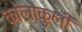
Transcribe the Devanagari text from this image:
कोलाकुली